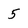
Character: 5